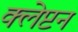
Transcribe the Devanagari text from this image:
क्लेप्टन